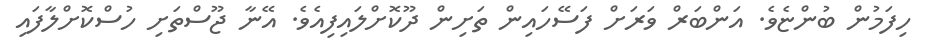
ހިފަމުން ބުންޏެވެ. އަންބަރް ވަރަށް ފަސޭހައިން ތަށިން ދޫކޮށްލައިފިއެވެ. އޭނާ ޖޫސްތަށި ހުސްކޮށްލާފައި